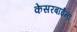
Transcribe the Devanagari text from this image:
केसरबाईंना